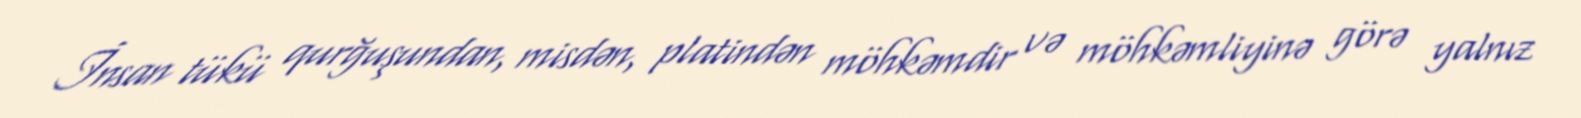
İnsan tükü qurğuşundan, misdən, platindən möhkəmdir və möhkəmliyinə görə yalnız